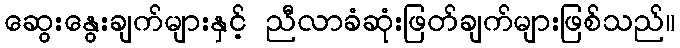
ဆွေးနွေးချက်များနှင့် ညီလာခံဆုံးဖြတ်ချက်များဖြစ်သည်။